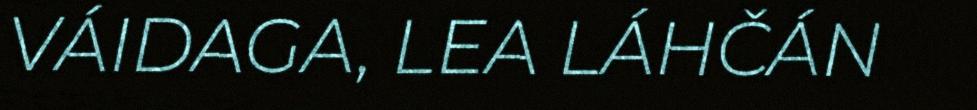
VÁIDAGA, LEA LÁHČÁN